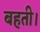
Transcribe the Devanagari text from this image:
बहती।